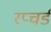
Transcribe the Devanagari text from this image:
रप्चर्ड